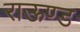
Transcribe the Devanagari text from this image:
राऊण्ड